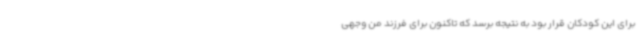
برای این کودکان قرار بود به نتیجه برسد که تاکنون برای فرزند من وجهی